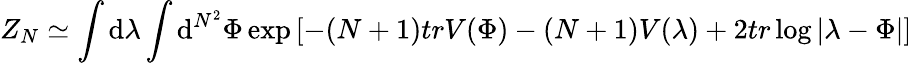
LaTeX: Z_{N}\simeq\int\mathrm{d}\lambda\int\mathrm{d}^{N^{2}}\Phi\exp\left[-(N+1)trV(\Phi)-(N+1)V(\lambda)+2tr\log|\lambda-\Phi|\right]